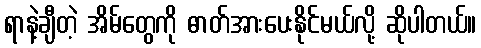
ရာနဲ့ချီတဲ့ အိမ်တွေကို ဓာတ်အားပေးနိုင်မယ်လို့ ဆိုပါတယ်။